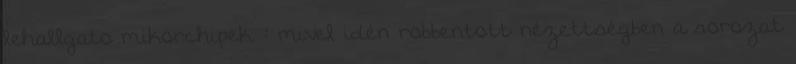
lehallgato mikorchipek. : mivel idén robbentott nézettségben a sorozat